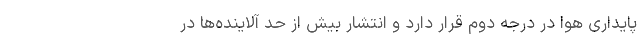
پایداری هوا در درجه دوم قرار دارد و انتشار بیش از حد آلاینده‌ها در